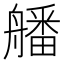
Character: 𦪖